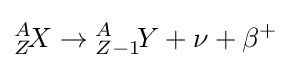
{}_{Z}^{A}\!X\to {}_{Z-1}^{A}\!Y+\nu +\beta ^{+}